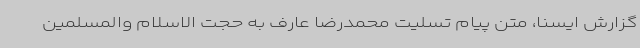
گزارش ایسنا، متن پیام تسلیت محمدرضا عارف به حجت الاسلام والمسلمین